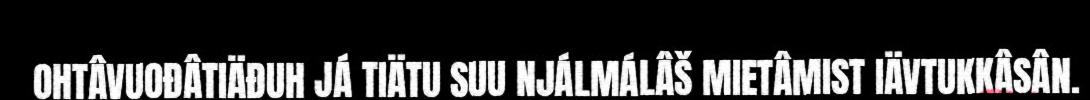
OHTÂVUOĐÂTIÄĐUH JÁ TIÄTU SUU NJÁLMÁLÂŠ MIETÂMIST IÄVTUKKÂSÂN.